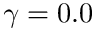
\gamma = 0 . 0